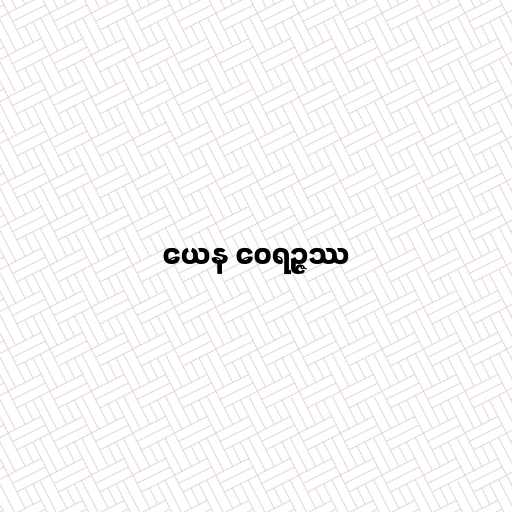
ယေန ဝေရဉ္ဇဿ